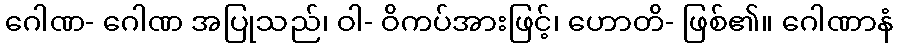
ဂေါဏ- ဂေါဏ အပြုသည်၊ ဝါ- ဝိကပ်အားဖြင့်၊ ဟောတိ- ဖြစ်၏။ ဂေါဏာနံ